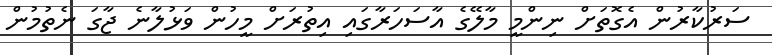
ސަރުކާރުން އެގޮތަށް ނިންމީ މާލޭގެ އާސަހަރާގައި އިތުރަށް މީހުން ވަޅުލާނެ ޖާގަ ނެތުމުން